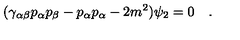
( \gamma _ { \alpha \beta } p _ { \alpha } p _ { \beta } - p _ { \alpha } p _ { \alpha } - 2 m ^ { 2 } ) \psi _ { 2 } = 0 \quad .